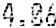
4.06